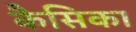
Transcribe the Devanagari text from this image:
कैसिका